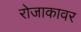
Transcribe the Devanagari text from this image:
रोजाकावर